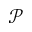
\mathcal { P }